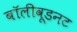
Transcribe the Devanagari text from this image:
बॉलीवूडनट